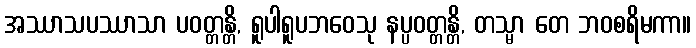
အဿာသပဿာသာ ပဝတ္တန္တိ, ရူပါရူပဘဝေသု နပ္ပဝတ္တန္တိ, တသ္မာ တေ ဘဝစရိမကာ။